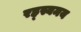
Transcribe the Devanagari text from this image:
रह्स्यमय